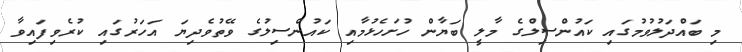
މި ބައްދަލުވުމުގައި ކައުންސިލްގެ މާލީ ބަޔާން ހުށަހެޅުމާއި ކައުންސިލުގެ ވޭތުވެދިޔަ އަހަރުގައި ކުރެވިފައިވާ